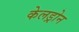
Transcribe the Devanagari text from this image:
केलड्रोन